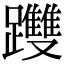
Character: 𨇯